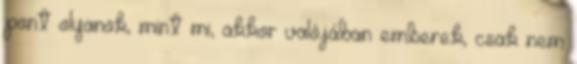
pont olyanok, mint mi, akkor valójában emberek, csak nem